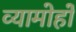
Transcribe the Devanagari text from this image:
व्यामोहों